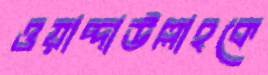
ওয়াদ্দাউল্লাহকে